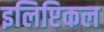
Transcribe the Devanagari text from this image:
इलिप्टिकल